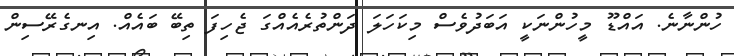
ހުންނާނެ. އައްޑޫ މީހުންނަކީ އަބަދުވެސް މިކަހަލަ ދަންތުރެއެއްގަ ޖެހިފަ ތިބޭ ބައެއް. އިނގެރޭސިން